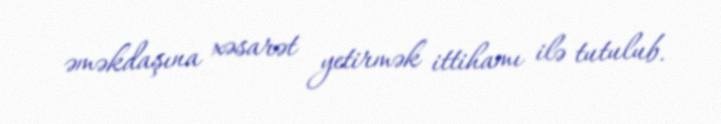
əməkdaşına xəsarət yetirmək ittihamı ilə tutulub.